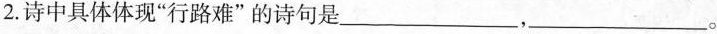
2.诗中具体体现”行路难”的诗句是___，___。